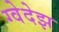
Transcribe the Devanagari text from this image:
ग्वेदेझ